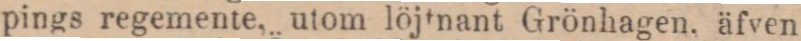
pings regemente, utom löjtnant Grönhagen. äfven